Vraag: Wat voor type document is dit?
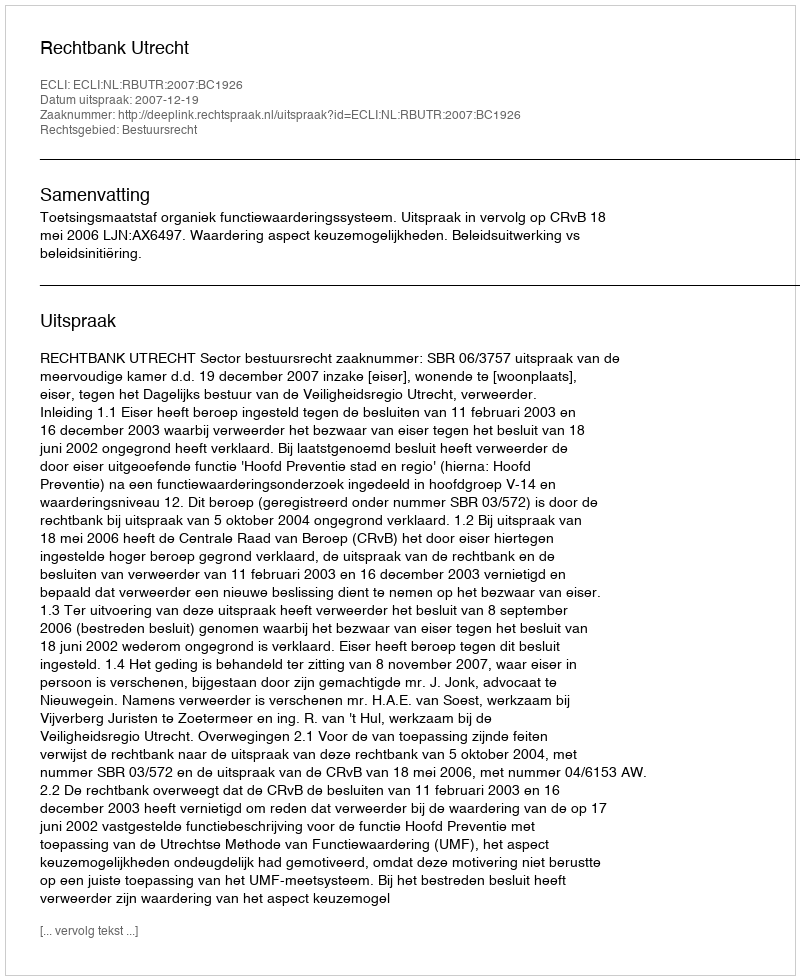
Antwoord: Uitspraak